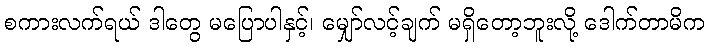
စကားလက်ရယ် ဒါတွေ မပြောပါနှင့်၊ မျှော်လင့်ချက် မရှိတော့ဘူးလို့ ဒေါက်တာမိက